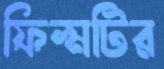
ফিল্মটির